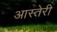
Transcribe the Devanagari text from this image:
आस्तेरी